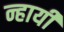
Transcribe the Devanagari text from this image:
न्हायी